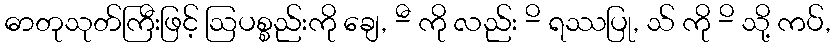
ဓာတုသုတ်ကြီးဖြင့် ဩပစ္စည်းကို ချေ, -ီ ကို လည်း -ိ ရဿပြု, သ် ကို -ိ သို့ ကပ်,